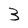
Character: 3